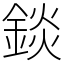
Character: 錟